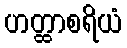
ဟတ္ထာစရိယံ